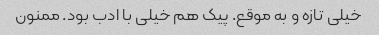
خیلی تازه و به موقع. پیک هم خیلی با ادب بود. ممنون